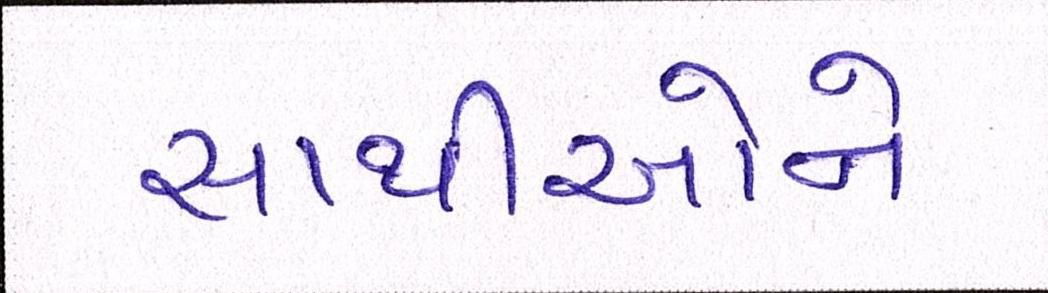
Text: સાથીઓને